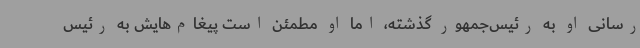
‌رسانی او به رئیس‌جمهور گذشته، اما او مطمئن است پیغام‌هایش به رئیس